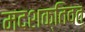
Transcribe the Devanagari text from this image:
मदशक्तिवत्